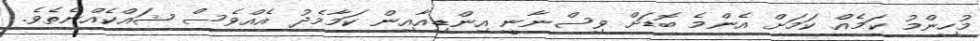
މުހިންމު ކަމެއް ކަމަށް އެންމެ ބޮޑަށް ވިސްނާނީ އިންޑިއާއިން ކަމާމެދު އެއްވެސް ޝައްކެއްނެތެވެ.